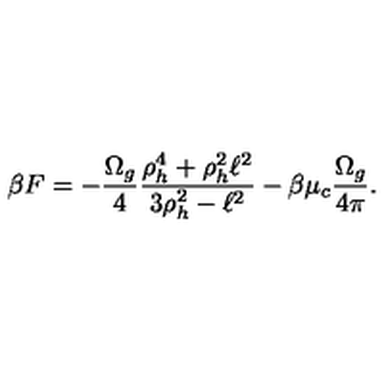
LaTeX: \beta F = - { \frac { \Omega _ { g } } { 4 } } { \frac { \rho _ { h } ^ { 4 } + \rho _ { h } ^ { 2 } \ell ^ { 2 } } { 3 \rho _ { h } ^ { 2 } - \ell ^ { 2 } } } - \beta \mu _ { c } { \frac { \Omega _ { g } } { 4 \pi } } .